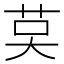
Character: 𦮥